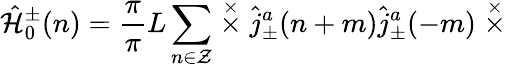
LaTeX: \hat{\cal H}_{0}^{\pm}(n)=\frac{\pi}{\pi}{L}\sum_{n\in\cal Z}\stackrel{\times}{\times}\hat{j}_{\pm}^{a}(n+m)\hat{j}_{\pm}^{a}(-m)\stackrel{\times}{\times}